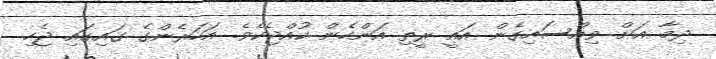
ދިމާ އަށް ވިއްސައިގެން އައީ ރީތި އަންހެން ކުއްޖެކެވެ. އަހަރެންގެ ގައިގައި ޖެހި